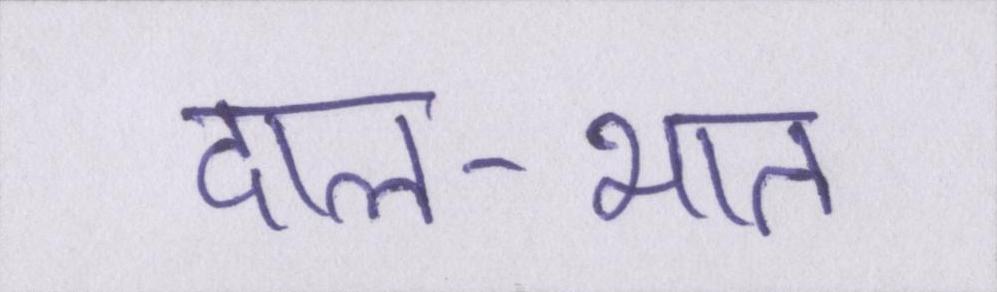
दाल-भात